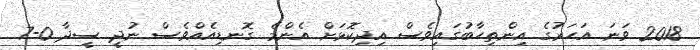
2018 ވަނަ އަހަރުގެ އިންތިހާބުގައިވެސް އިދިކޮޅަށް އެންމެ ގޮނޑިއެއްވެސް ނުދީ ސީދާ 0-7